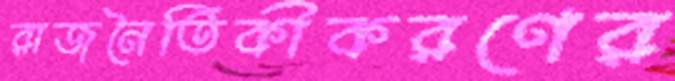
রাজনৈতিকীকরণের